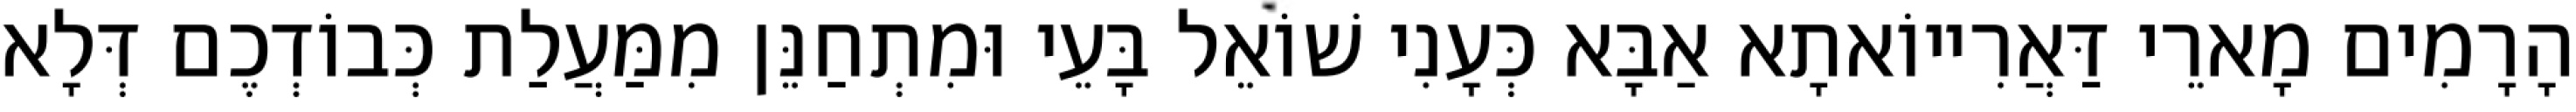
הָרָמִים מָארֵי דַּאֲרִייוֹאתָא אַבָּא כְּעָנִי שׁוֹאֵל בָּעֵי וּמִתְחַנֵּן מִמַּעֲלַת כְּבוֹדְכֶם דְּלָא